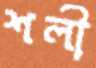
শলী